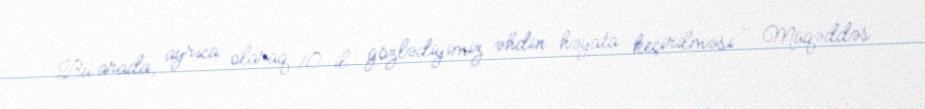
Bu arada, ayrıca olaraq 10 il gözlədiyimiz əhdin həyata keçirilməsi - Müqəddəs